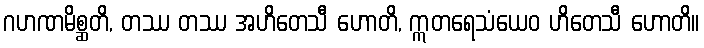
ဂဟဏမိစ္ဆတိ, တဿ တဿ အဟိတေသီ ဟောတိ, ဣတရေသံယေဝ ဟိတေသီ ဟောတိ။